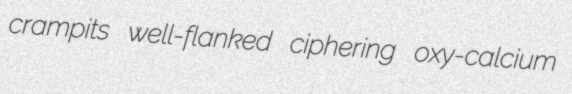
crampits well-flanked ciphering oxy-calcium